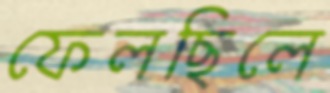
ফেলছিলে